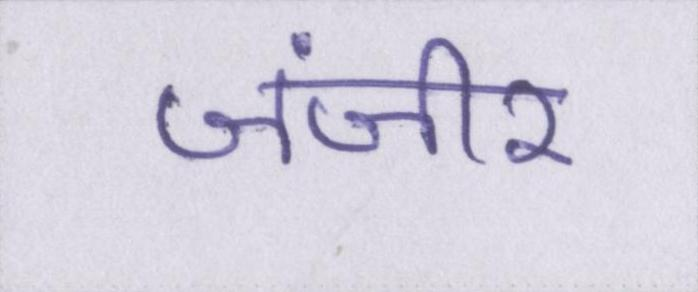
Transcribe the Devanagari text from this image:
जंजीर